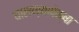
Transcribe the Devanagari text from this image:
घालण्यापेक्षा